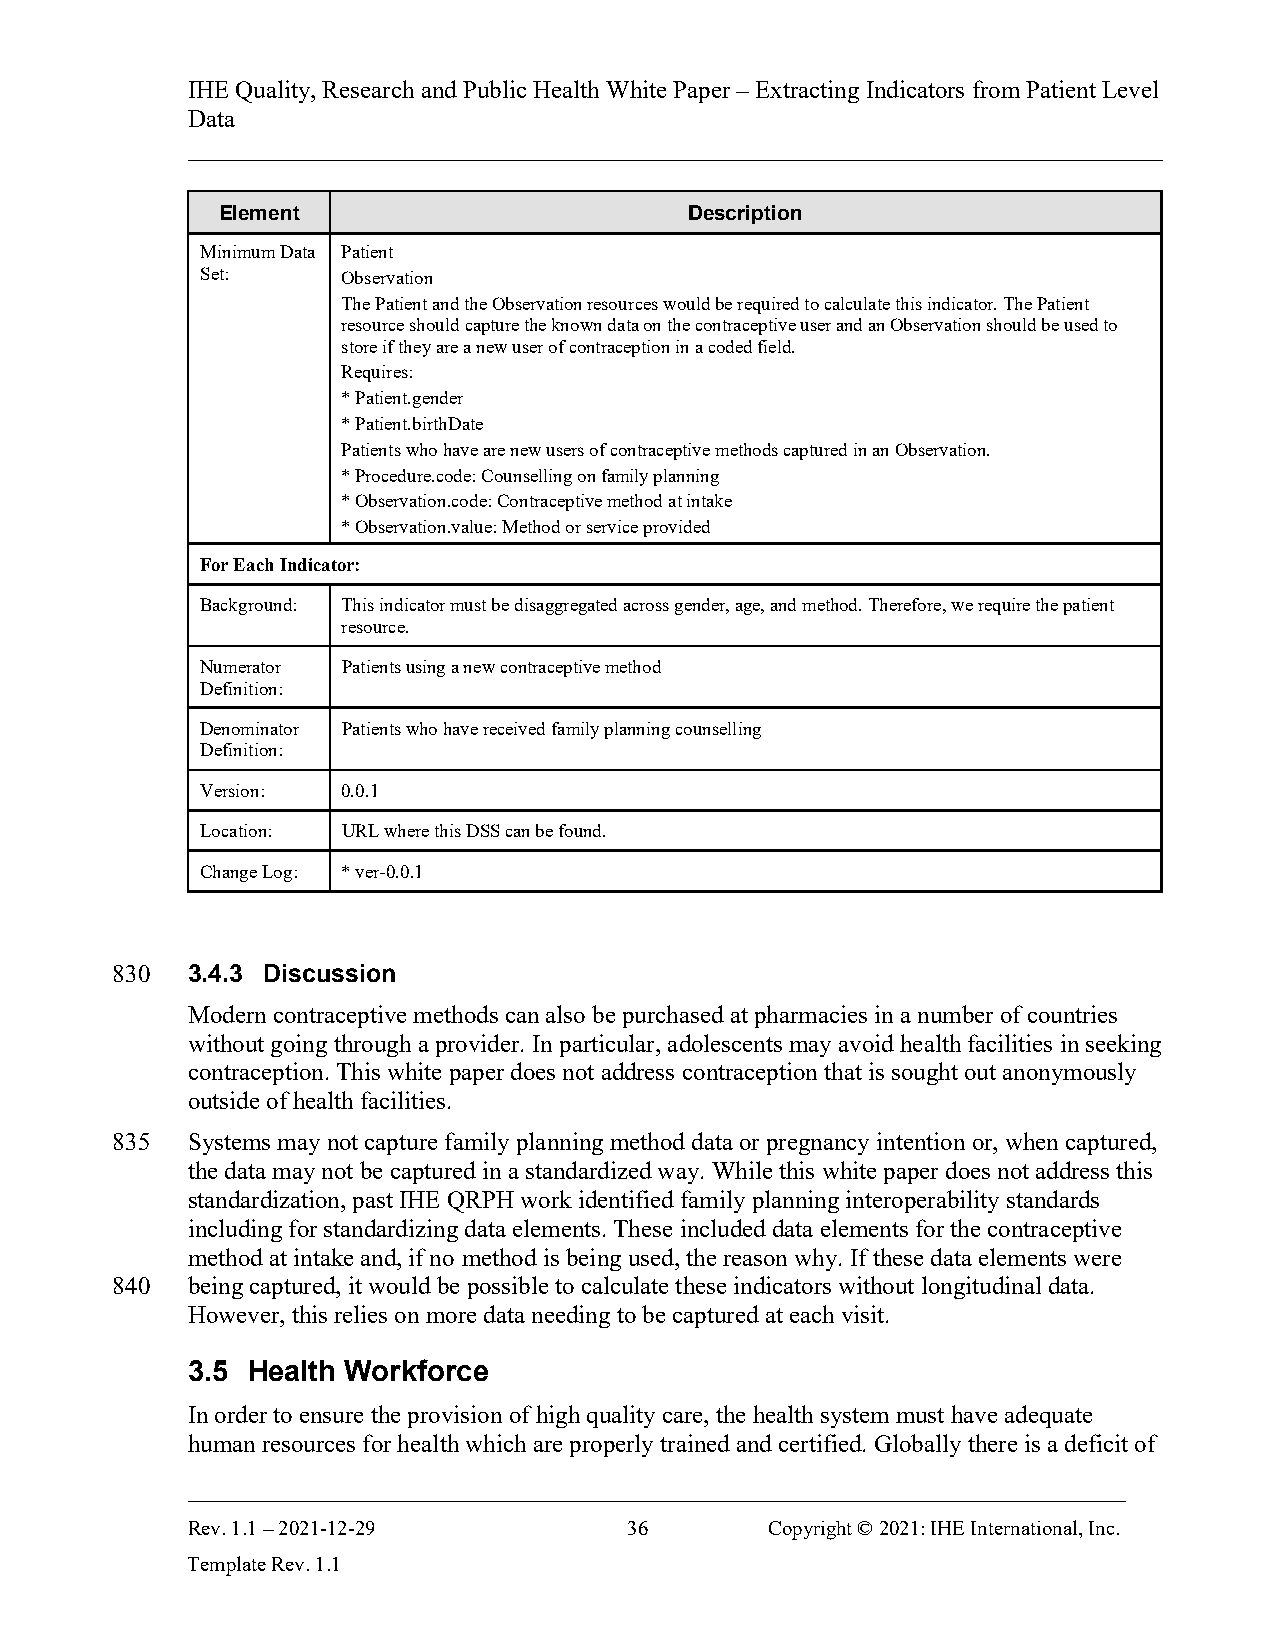
IHE Quality, Research and Public Health White Paper – Extracting Indicators from Patient Level
 Data
 ______________________________________________________________________________
 Element                         Description
 Minimum Data Patient
 Set:      Observation
 The Patient and the Observation resources would be required to calculate this indicator. The Patient
 resource should capture the known data on the contraceptive user and an Observation should be used to
 store if they are a new user of contraception in a coded field.
 Requires:
 * Patient.gender
 * Patient.birthDate
 Patients who have are new users of contraceptive methods captured in an Observation.
 * Procedure.code: Counselling on family planning
 * Observation.code: Contraceptive method at intake
 * Observation.value: Method or service provided
 For Each Indicator:
 Background: This indicator must be disaggregated across gender, age, and method. Therefore, we require the patient
 resource.
 Numerator Patients using a new contraceptive method
 Definition:
 Denominator Patients who have received family planning counselling
 Definition:
 Version:  0.0.1
 Location: URL where this DSS can be found.
 Change Log: * ver-0.0.1
 830  3.4.3 Discussion
 Modern contraceptive methods can also be purchased at pharmacies in a number of countries
 without going through a provider. In particular, adolescents may avoid health facilities in seeking
 contraception. This white paper does not address contraception that is sought out anonymously
 outside of health facilities.
 835  Systems may not capture family planning method data or pregnancy intention or, when captured,
 the data may not be captured in a standardized way. While this white paper does not address this
 standardization, past IHE QRPH work identified family planning interoperability standards
 including for standardizing data elements. These included data elements for the contraceptive
 method at intake and, if no method is being used, the reason why. If these data elements were
 840  being captured, it would be possible to calculate these indicators without longitudinal data.
 However, this relies on more data needing to be captured at each visit.
 3.5 Health Workforce
 In order to ensure the provision of high quality care, the health system must have adequate
 human resources for health which are properly trained and certified. Globally there is a deficit of
 ___________________________________________________________________________
 Rev. 1.1 – 2021-12-29         36       Copyright © 2021: IHE International, Inc.
 Template Rev. 1.1